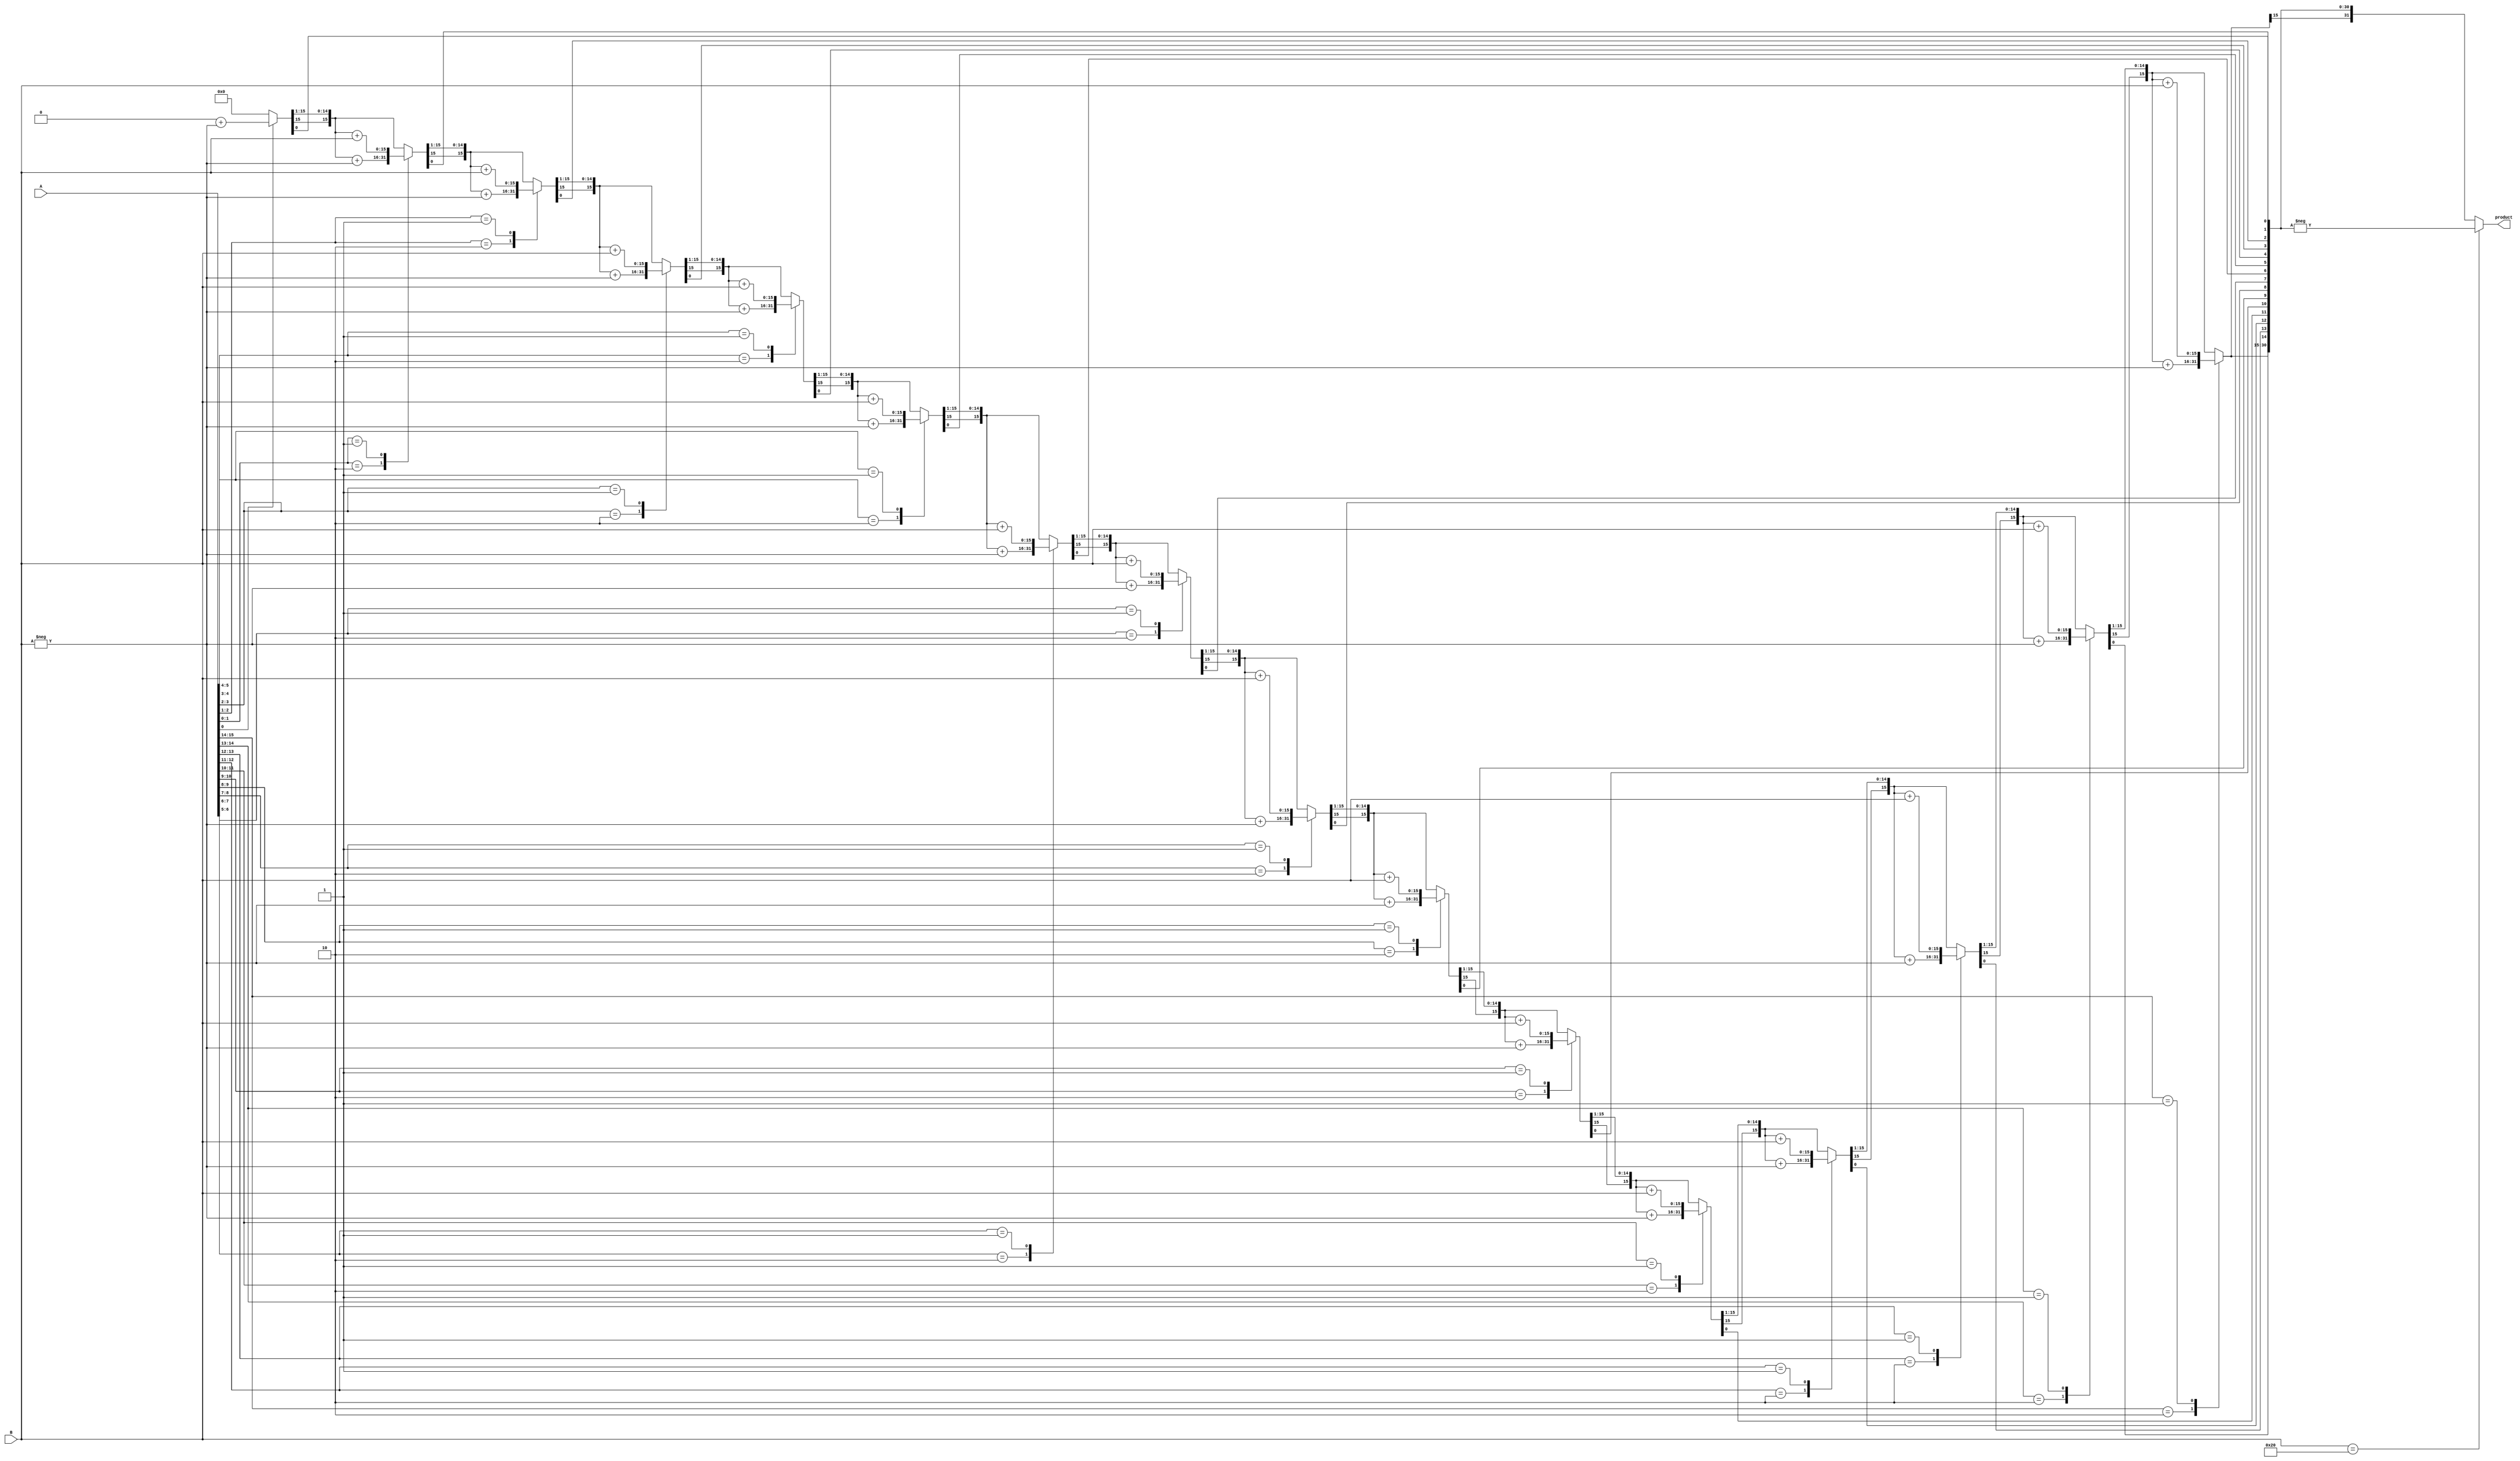
module booth_signed_multiplier_16(product, A, B);
       input signed [15:0] A, B;
       output signed [31:0] product;
       reg [31:0] product;
       reg [1:0] temp;
       integer i;
       reg E1;
       reg [15:0] B1;

       always @ (*) begin
         product = 32'd0;
         E1 = 1'd0;
         B1 = -B;
         for (i = 0; i < 16; i = i + 1) begin
           temp = {A[i], E1};
           case (temp)
             2'd2 : product[31:16] = product[31:16] + B1;
             2'd1 : product[31:16] = product[31:16] + B;
           default : begin end
           endcase
           product = product >> 1; // Logical Shift Right
           product[31] = product[30]; // Preserve the sign bit
           E1 = A[i];
         end

         if (B == 16'd32) begin
           product = - product;
         end
       end
endmodule